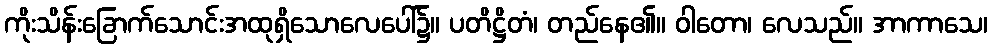
ကိုးသိန်းခြောက်သောင်းအထုရှိသောလေပေါ်၌။ ပတိဋ္ဌိတံ၊ တည်နေ၏။ ဝါတော၊ လေသည်။ အာကာသေ၊